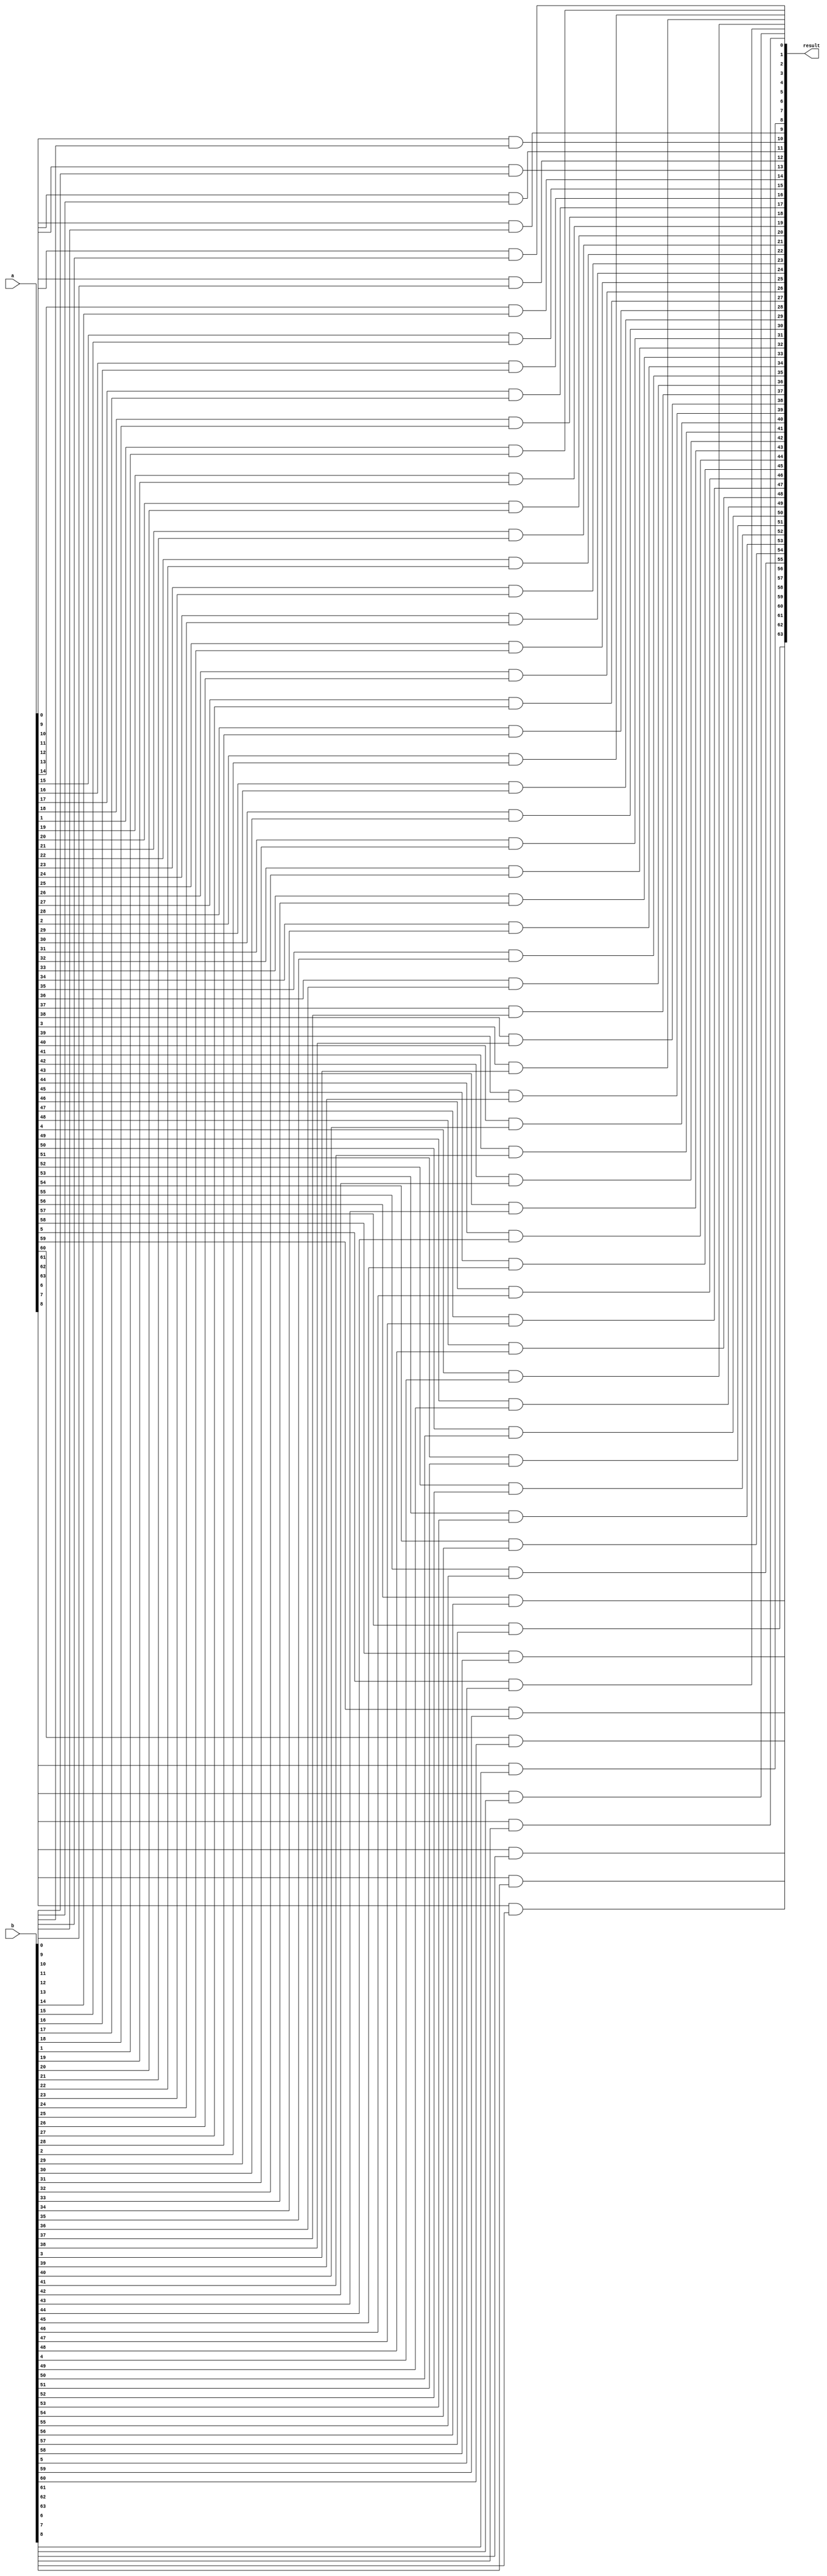
module and_op(a,b,result);
    input [63:0] a,b;
    output [63:0] result;

    genvar i;
    for(i=0;i<64;i=i+1) begin
        and(result[i], a[i], b[i]);
    end
    
endmodule